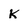
Character: K